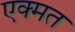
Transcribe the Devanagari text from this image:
एक्मत